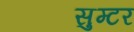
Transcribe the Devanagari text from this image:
सुम्टर